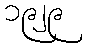
၁၉၂၉